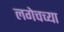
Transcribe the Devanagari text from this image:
लगेचच्या